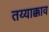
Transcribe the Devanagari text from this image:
तय्याक्काव